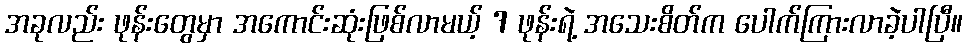
အခုလည်း ဖုန်းတွေမှာ အကောင်းဆုံးဖြစ်လာမယ့် 7 ဖုန်းရဲ့ အသေးစိတ်က ပေါက်ကြားလာခဲ့ပါပြီ။